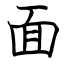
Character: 面